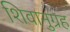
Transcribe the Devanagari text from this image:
शिवानुग्रह